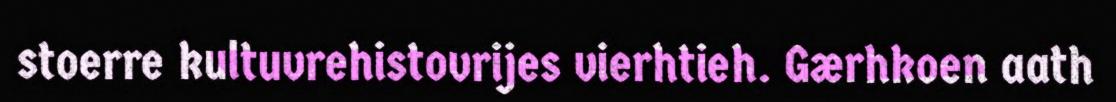
stoerre kultuvrehistovrijes vierhtieh. Gærhkoen aath